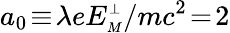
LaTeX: a_{0}\! \equiv\! \lambda eE_{\scriptscriptstyle M}^{\scriptscriptstyle\perp}/mc^{2}\! =\! 2